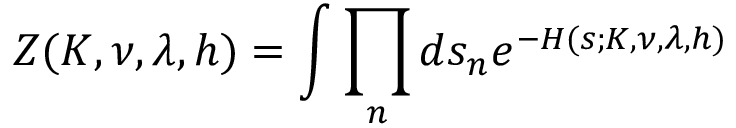
Z ( K , \nu , \lambda , h ) = \int \prod _ { n } d s _ { n } e ^ { - H ( s ; K , \nu , \lambda , h ) }